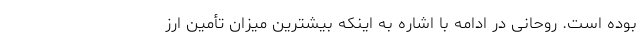
بوده است. روحانی در ادامه با اشاره به اینکه بیشترین میزان تأمین ارز